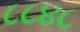
૮૮૪૮